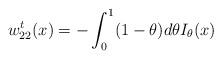
LaTeX: \begin{align*}w^t_{22}(x) = -\int_0^1 (1-\theta) d\theta I_\theta(x)\end{align*}